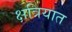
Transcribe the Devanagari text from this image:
क्षत्रियात